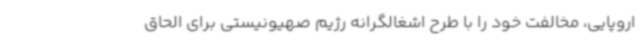
اروپایی، مخالفت خود را با طرح اشغالگرانه رژیم صهیونیستی برای الحاق